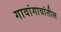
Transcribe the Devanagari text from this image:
गावांगावांतील